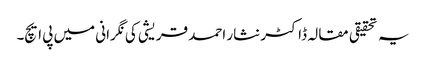
یہ تحقیقی مقالہ ڈاکٹر نثار احمد قریشی کی نگرانی میں پی ایچ۔